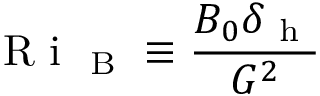
\mathrm { ~ R ~ i ~ } _ { \mathrm { ~ B ~ } } \equiv \frac { B _ { 0 } \delta _ { \mathrm { ~ h ~ } } } { G ^ { 2 } }